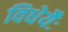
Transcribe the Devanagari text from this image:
विधेयैः